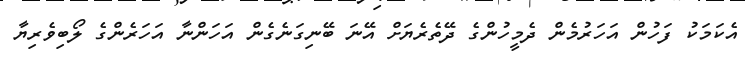
އެކަމަކު ފަހުން އަހަރުމެން ދެމީހުންގެ ދޭތެރެޔަށް އޭނަ ބޭނިގަނެގެން އަހަންނާ އަހަރެންގެ ލޯބިވެރިޔާ